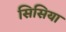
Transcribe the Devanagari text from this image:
सिसिया